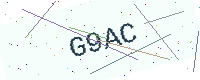
Text: G9AC